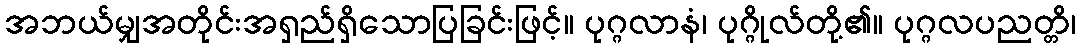
အဘယ်မျှအတိုင်းအရှည်ရှိသောပြခြင်းဖြင့်။ ပုဂ္ဂလာနံ၊ ပုဂ္ဂိုလ်တို့၏။ ပုဂ္ဂလပညတ္တိ၊